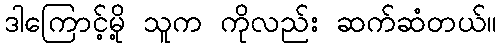
ဒါကြောင့်မို့ သူက ကိုလည်း ဆက်ဆံတယ်။